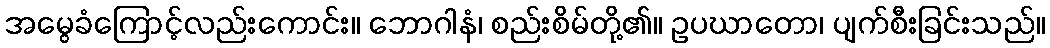
အမွေခံကြောင့်လည်းကောင်း။ ဘောဂါနံ၊ စည်းစိမ်တို့၏။ ဥပဃာတော၊ ပျက်စီးခြင်းသည်။